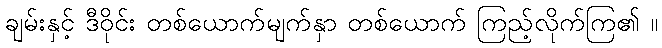
ချမ်းနှင့် ဒီဝိုင်း တစ်ယောက်မျက်နှာ တစ်ယောက် ကြည့်လိုက်ကြ၏ ။